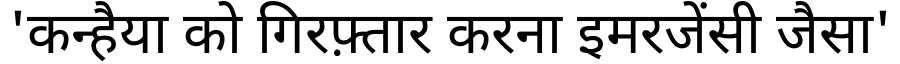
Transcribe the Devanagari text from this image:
'कन्हैया को गिरफ़्तार करना इमरजेंसी जैसा'